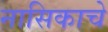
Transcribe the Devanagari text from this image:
नासिकाचे